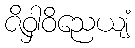
ဇိဝှါဝိညေယျံ